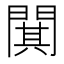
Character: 𫔥